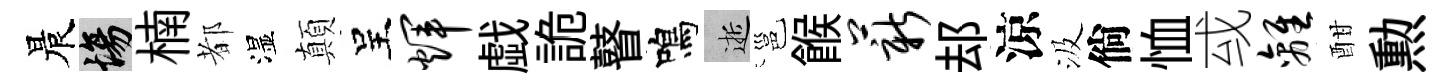
晨場楠都湿顛呈辉戯詭瞽鳴逝邕餱薪𨚫涼汲倘恤㦯离酣勲